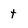
Character: t